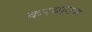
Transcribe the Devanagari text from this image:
करयोगम